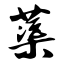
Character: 蕖